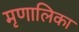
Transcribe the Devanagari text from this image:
मृणालिका